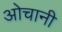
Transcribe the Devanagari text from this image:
ओचानी